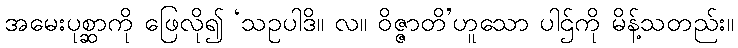
အမေးပုစ္ဆာကို ဖြေလို၍ ‘သဥပါဒိ။ လ။ ဝိဇ္ဇာတိ’ဟူသော ပါဌ်ကို မိန့်သတည်း။